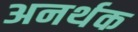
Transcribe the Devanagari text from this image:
अनर्थक